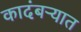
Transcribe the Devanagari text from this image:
कादंबऱ्यात